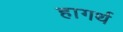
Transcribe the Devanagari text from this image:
हागर्थ